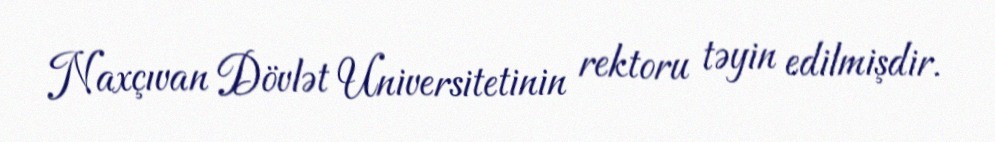
Naxçıvan Dövlət Universitetinin rektoru təyin edilmişdir.